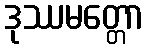
ဒုဿမတ္တော